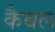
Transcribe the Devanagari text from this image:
कैबल